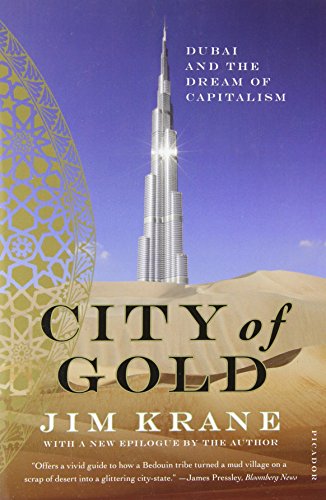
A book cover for City of Gold: Dubai and the Dream of Capitalism; Jim Krane; History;